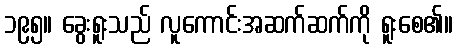
၁၉၅။ ခွေးရူးသည် လူကောင်းအဆက်ဆက်ကို ရူးစေ၏။